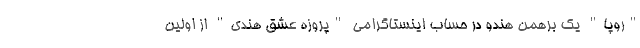
"روپا" یک برهمن هندو در حساب اینستاگرامی "پروزه عشق هندی" از اولین